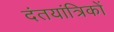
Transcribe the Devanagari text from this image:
दंतयांत्रिकों